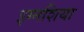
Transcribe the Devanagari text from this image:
इग्नशिया